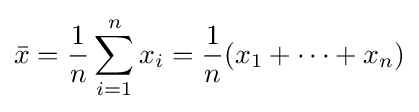
{\bar {x}}={\frac {1}{n}}\sum _{i=1}^{n}x_{i}={\frac {1}{n}}(x_{1}+\cdots +x_{n})